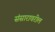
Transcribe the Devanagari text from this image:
संसारावरील